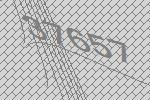
37657